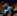
إلى